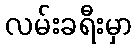
လမ်းခရီးမှာ